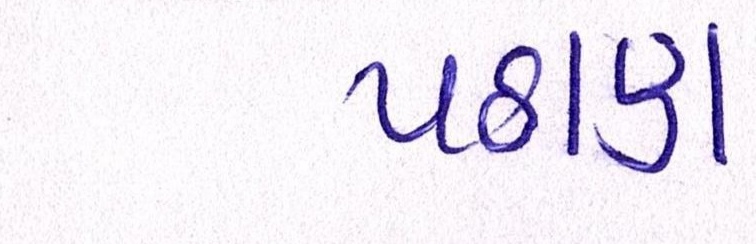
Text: પઠાણ